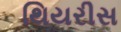
થિયરીસ